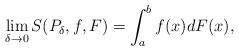
LaTeX: \begin{align*} \lim_{\delta\to 0} S(P_\delta,f,F)&=\int_{a}^{b} f(x)dF(x), \end{align*}